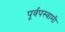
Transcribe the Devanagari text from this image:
पूर्वपस्वामी